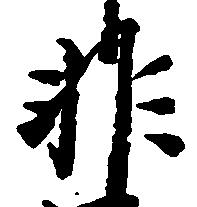
非